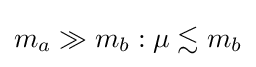
m_{a}\gg m_{b}:\mu \lesssim m_{b}